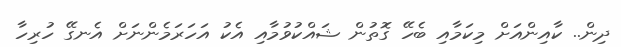
ދިން.. ކާއިންއަށް މިކަމާއި ބެހޭ ގޮތުން ޝައްކުވުމާއި އެކު އަހަރަމެންނަށް އެނގޭ ހުރިހާ